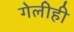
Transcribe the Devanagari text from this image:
गेलीही